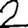
Digit: 2